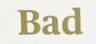
Bad